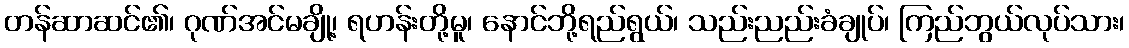
တန်ဆာဆင်၏၊ ဂုဏ်အင်မချို့၊ ရဟန်းတို့မူ၊ နောင်ဘို့ရည်ရွယ်၊ သည်းညည်းခံချုပ်၊ ကြည်ဘွယ်လုပ်သား၊